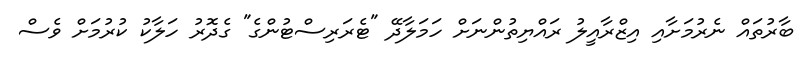
ބާރުތައް ނެރުމަށާއި އިޒްރާއީލު ރައްޔިތުންނަށް ހަމަލާދޭ "ޓެރަރިސްޓުންގެ" ގެދޮރު ހަލާކު ކުރުމަށް ވެސް